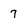
Character: 7